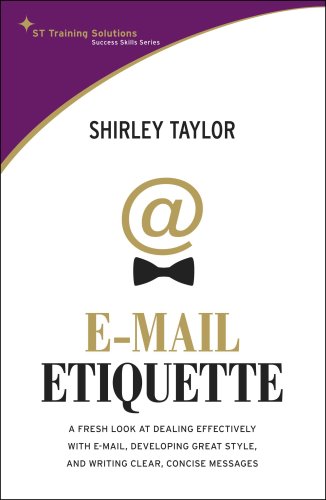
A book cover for E-mail Etiquette; Shirley Taylor; Computers & Technology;